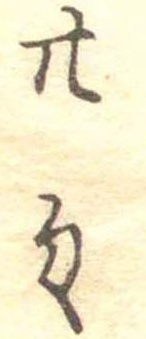
廿匁